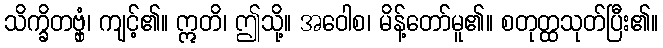
သိက္ခိတဗ္ဗှံ၊ ကျင့်၏။ ဣတိ၊ ဤသို့။ အဝေါစ၊ မိန့်တော်မူ၏။ စတုတ္ထသုတ်ပြီး၏။